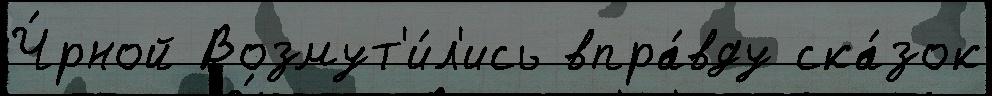
Ч́рной Возмут'и́л'ись впра́вду ска́зок